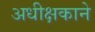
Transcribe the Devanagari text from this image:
अधीक्षकाने